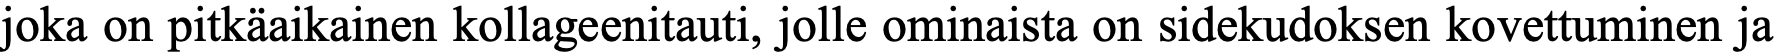
joka on pitkäaikainen kollageenitauti, jolle ominaista on sidekudoksen kovettuminen ja